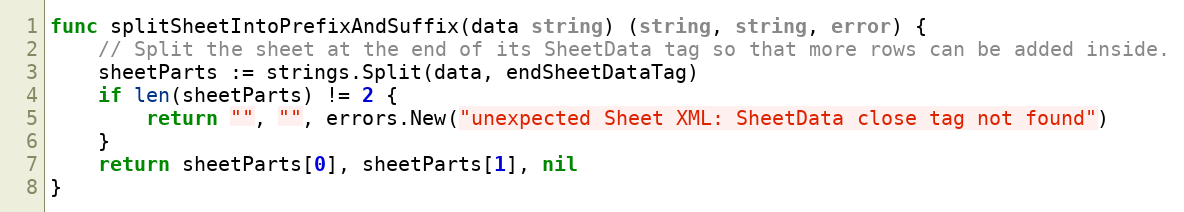
Language: Go
func splitSheetIntoPrefixAndSuffix(data string) (string, string, error) {
	// Split the sheet at the end of its SheetData tag so that more rows can be added inside.
	sheetParts := strings.Split(data, endSheetDataTag)
	if len(sheetParts) != 2 {
		return "", "", errors.New("unexpected Sheet XML: SheetData close tag not found")
	}
	return sheetParts[0], sheetParts[1], nil
}